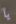
يا